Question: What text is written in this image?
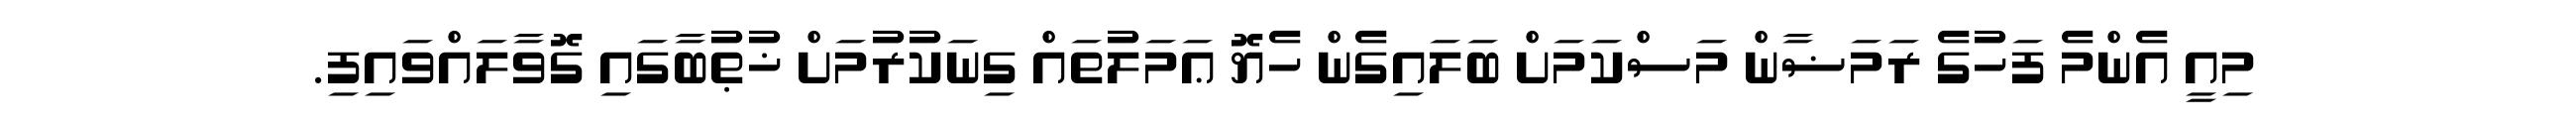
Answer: މިއީ އެންމެ ފަހުގެ ރަމަޟާން މަސްކަމަށް ބަލައިގެން ހެޔޮ ޢަމަލުތައް ގިނަކުރުމަށް ޚުޠުބާގައި ގޮވާލައްވައިފި.